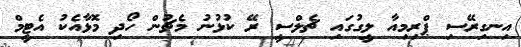
އިނގިރޭސި ޕްރިމިއާ ލީގުގައި ޗެލްސީ ރޭ ކުޅުނު މެޗުން ހޯދި މޮޅާއެކު އެޓީމް